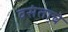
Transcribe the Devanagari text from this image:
वसंताचे